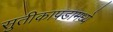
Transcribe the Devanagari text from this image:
सुतीकापडामध्ये